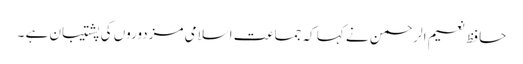
حافظ نعیم الرحمن نے کہا کہ جماعت اسلامی مزدوروں کی پشتیبان ہے ۔